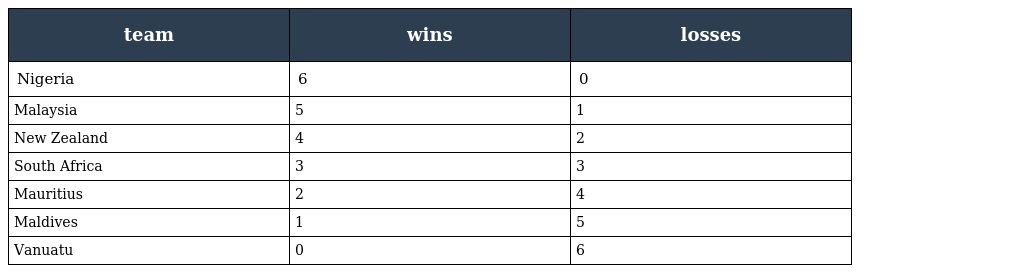
| team | wins | losses |
 | --- | --- | --- |
 | Nigeria | 6 | 0 |
 | Malaysia | 5 | 1 |
 | New Zealand | 4 | 2 |
 | South Africa | 3 | 3 |
 | Mauritius | 2 | 4 |
 | Maldives | 1 | 5 |
 | Vanuatu | 0 | 6 |